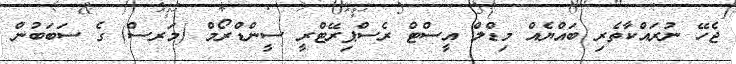
ޖެހޭ ނުރައްކާތެރި ބައްޔެއް މިޑްލް އީސްޓް ރެސްޕިރޭޓްރީ ސީންޑްރޯމް (މަރސް) ގެ ސަބަބުން